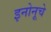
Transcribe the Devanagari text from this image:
इनोनूचे